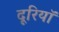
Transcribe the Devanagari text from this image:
दूरियॉ